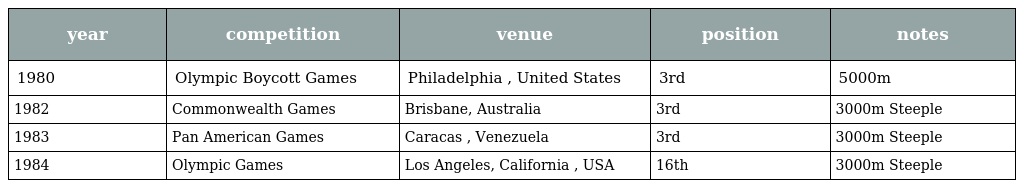
| year | competition | venue | position | notes |
 | --- | --- | --- | --- | --- |
 | 1980 | Olympic Boycott Games | Philadelphia , United States | 3rd | 5000m |
 | 1982 | Commonwealth Games | Brisbane, Australia | 3rd | 3000m Steeple |
 | 1983 | Pan American Games | Caracas , Venezuela | 3rd | 3000m Steeple |
 | 1984 | Olympic Games | Los Angeles, California , USA | 16th | 3000m Steeple |